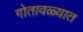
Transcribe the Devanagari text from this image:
गोतावळ्यात